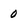
Character: 0